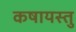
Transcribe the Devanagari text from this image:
कषायस्तु